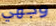
وجهي